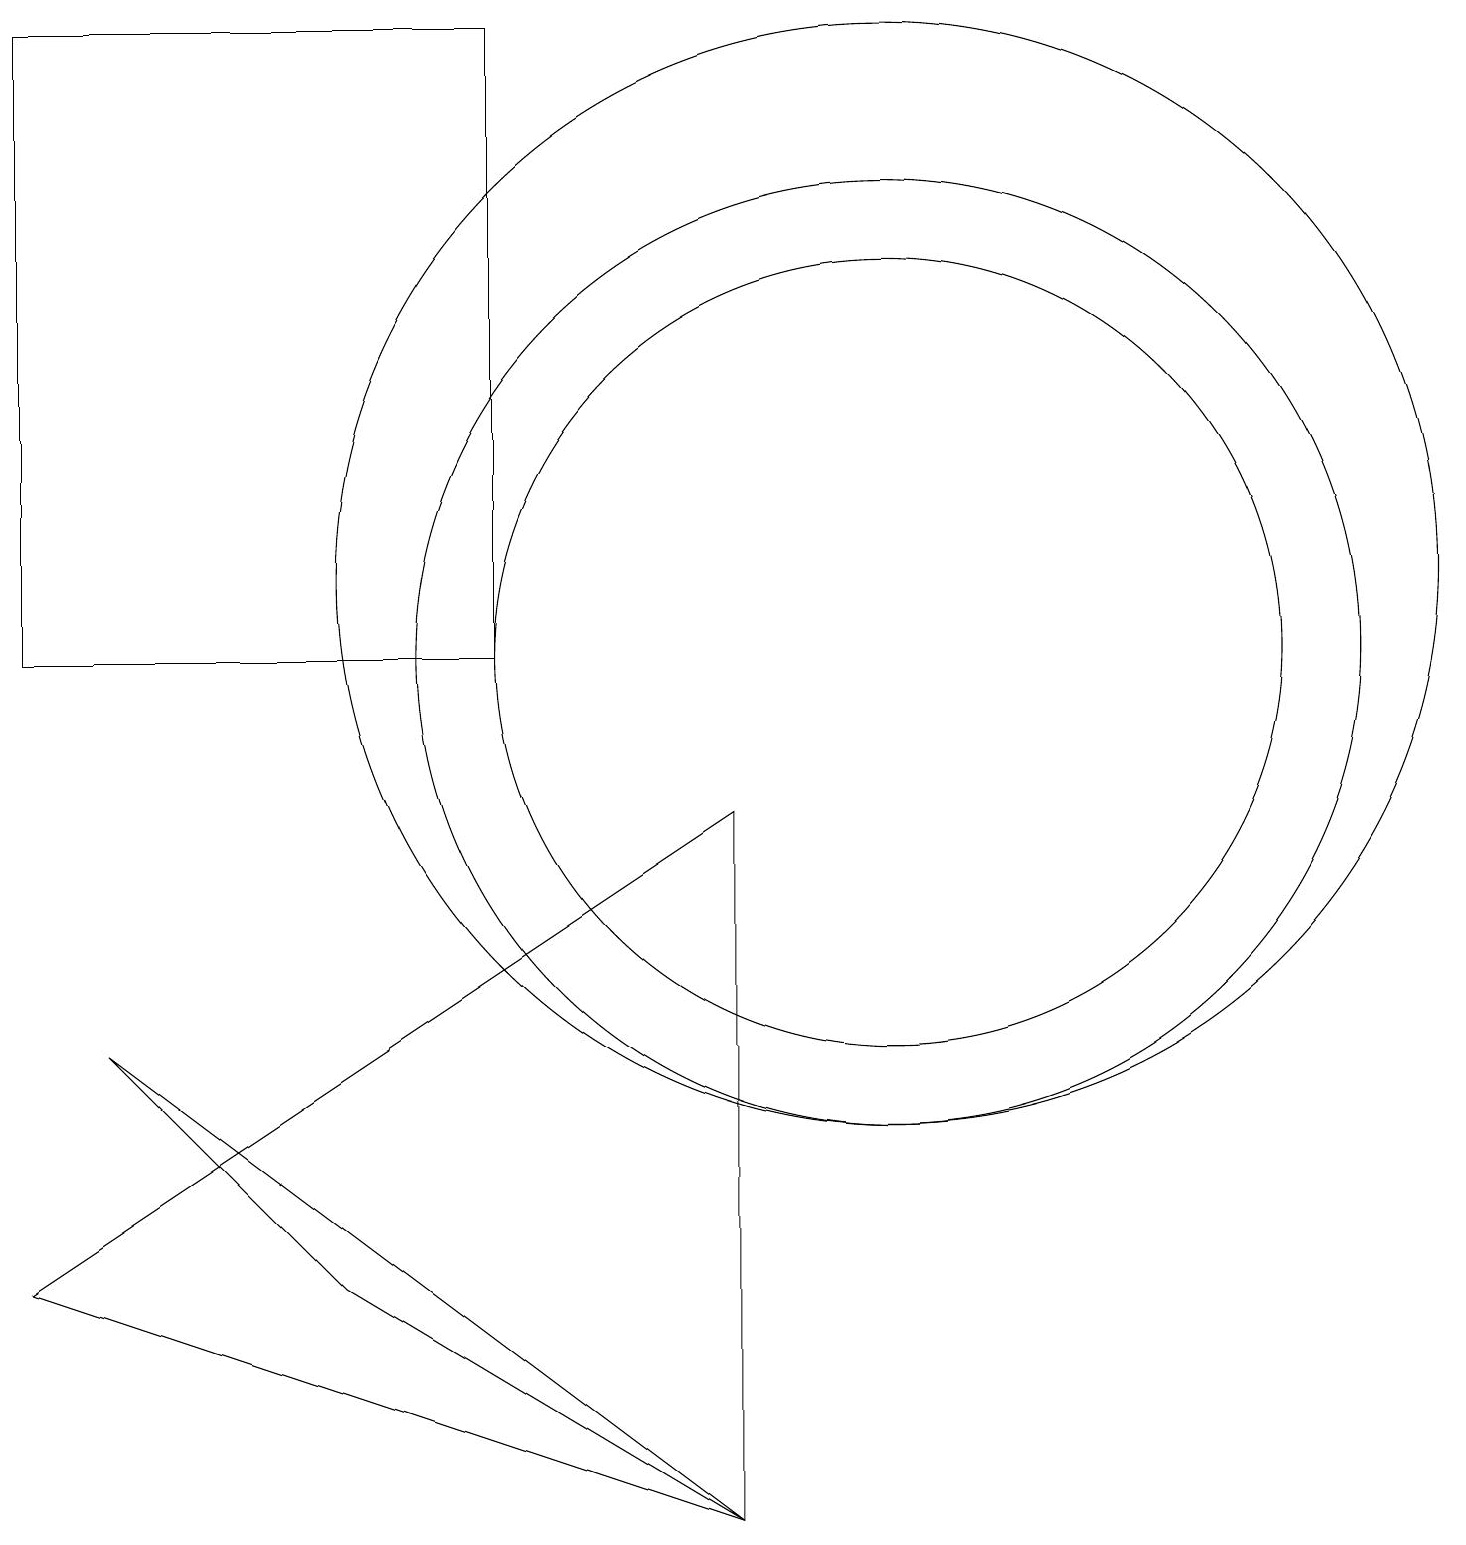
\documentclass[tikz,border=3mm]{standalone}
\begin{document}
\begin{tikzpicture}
\draw (1,6) -- (4,3) -- (9,0) -- cycle;
\draw (11,11) circle (6);
\draw (11,12) circle (7);
\draw (0,3) -- (9,9) -- (9,0) -- cycle;
\draw (6,19) rectangle (0,11);
\draw (11,11) circle (5);
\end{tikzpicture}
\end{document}